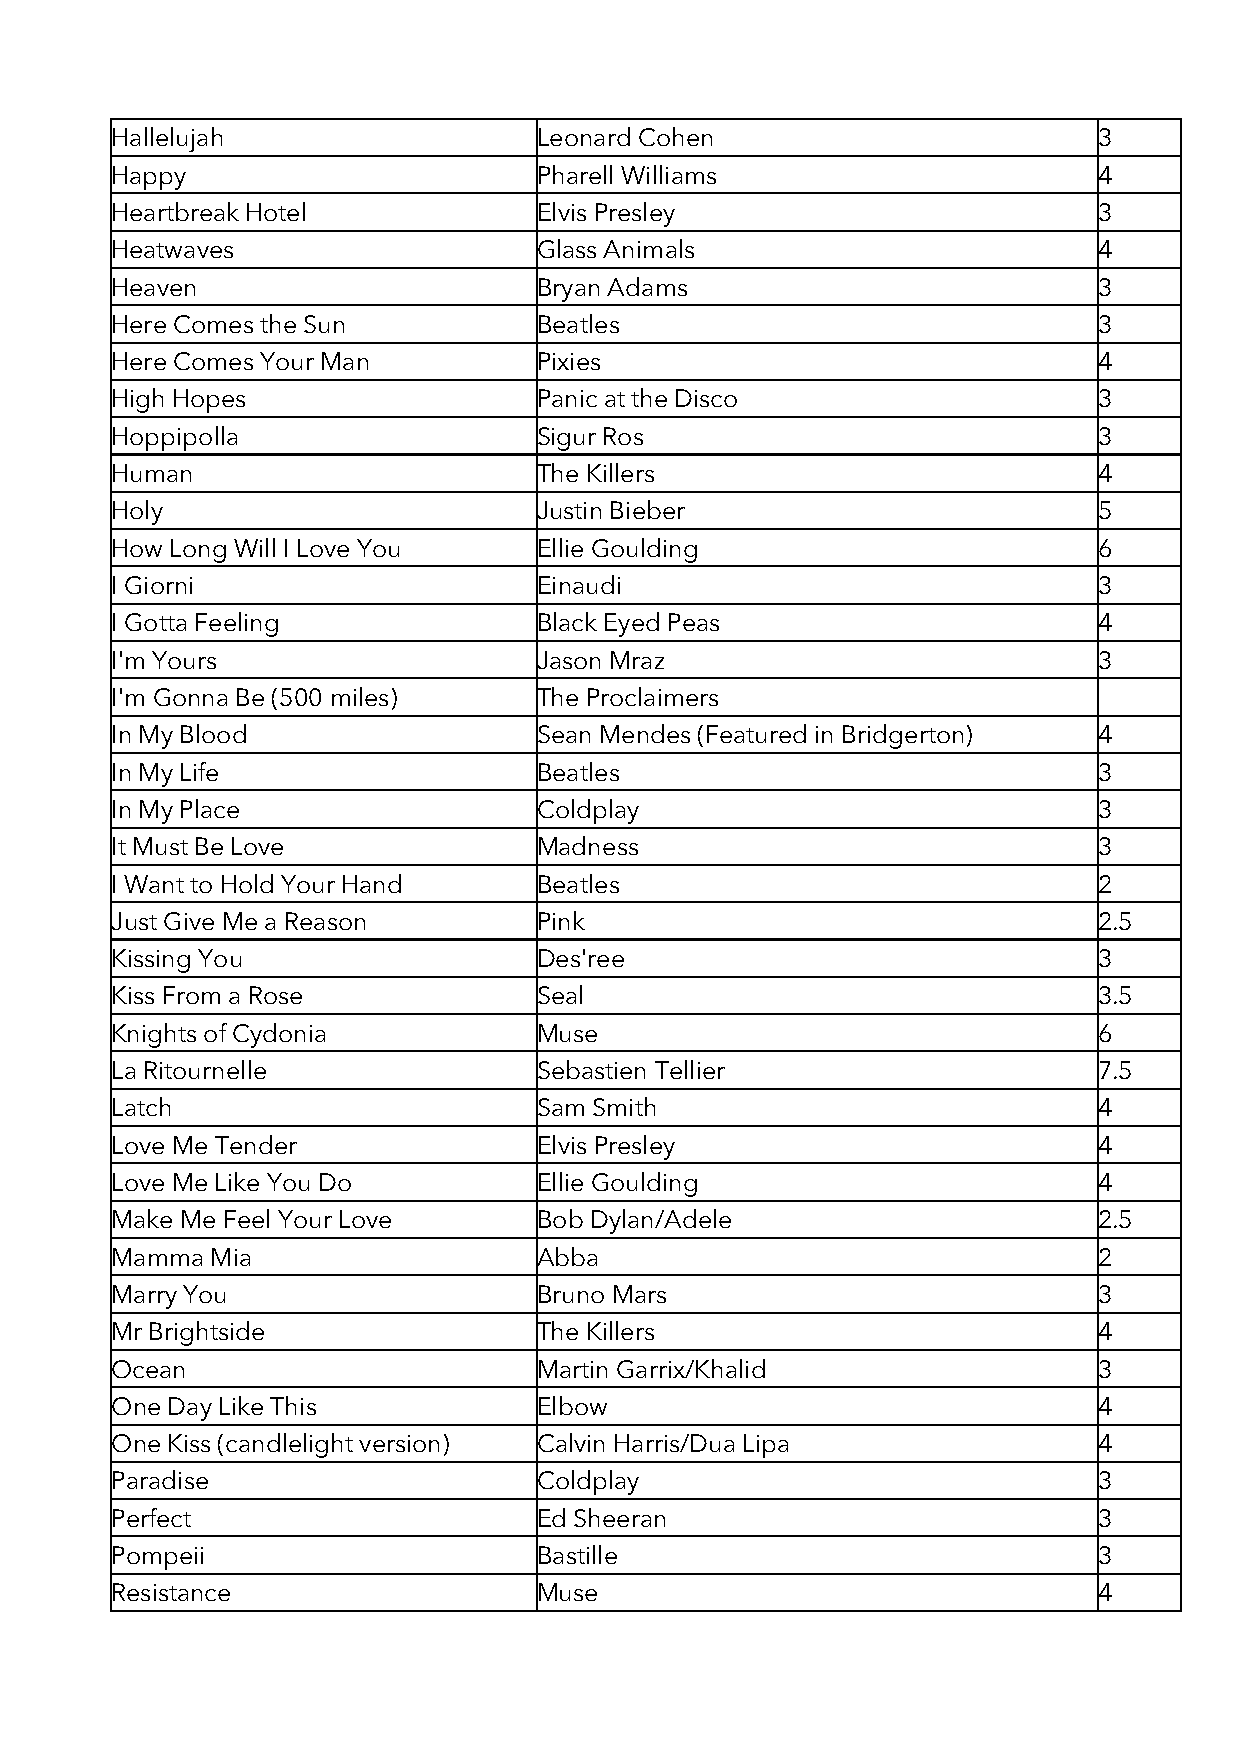
Hallelujah                   Leonard Cohen                        3
 Happy                        Pharell Williams                     4
 Heartbreak Hotel             Elvis Presley                        3
 Heatwaves                    Glass Animals                        4
 Heaven                       Bryan Adams                          3
 Here Comes the Sun           Beatles                              3
 Here Comes Your Man          Pixies                               4
 High Hopes                   Panic at the Disco                   3
 Hoppipolla                   Sigur Ros                            3
 Human                        The Killers                          4
 Holy                         Justin Bieber                        5
 How Long Will I Love You     Ellie Goulding                       6
 I Giorni                     Einaudi                              3
 I Gotta Feeling              Black Eyed Peas                      4
 I'm Yours                    Jason Mraz                           3
 I'm Gonna Be (500 miles)     The Proclaimers
 In My Blood                  Sean Mendes (Featured in Bridgerton) 4
 In My Life                   Beatles                              3
 In My Place                  Coldplay                             3
 It Must Be Love              Madness                              3
 I Want to Hold Your Hand     Beatles                              2
 Just Give Me a Reason        Pink                                 2.5
 Kissing You                  Des'ree                              3
 Kiss From a Rose             Seal                                 3.5
 Knights of Cydonia           Muse                                 6
 La Ritournelle               Sebastien Tellier                    7.5
 Latch                        Sam Smith                            4
 Love Me Tender               Elvis Presley                        4
 Love Me Like You Do          Ellie Goulding                       4
 Make Me Feel Your Love       Bob Dylan/Adele                      2.5
 Mamma  Mia                   Abba                                 2
 Marry You                    Bruno Mars                           3
 Mr Brightside                The Killers                          4
 Ocean                        Martin Garrix/Khalid                 3
 One Day Like This            Elbow                                4
 One Kiss (candlelight version) Calvin Harris/Dua Lipa             4
 Paradise                     Coldplay                             3
 Perfect                      Ed Sheeran                           3
 Pompeii                      Bastille                             3
 Resistance                   Muse                                 4